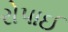
રોપાઈ